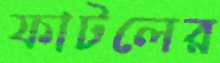
ফাটলের